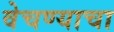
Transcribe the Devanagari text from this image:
वेचण्याचा